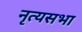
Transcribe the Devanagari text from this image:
नृत्यसभा